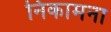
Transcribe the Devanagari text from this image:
निकामना